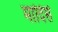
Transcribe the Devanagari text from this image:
मादिसे